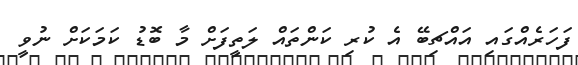
ފަހަރެއްގައި އައްޗިބޭ އެ ކުރި ކަންތައް ލަތީފަށް މާ ބޮޑު ކަމަކަށް ނުވީ